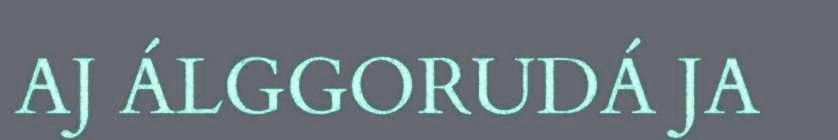
AJ ÁLGGORUDÁ JA